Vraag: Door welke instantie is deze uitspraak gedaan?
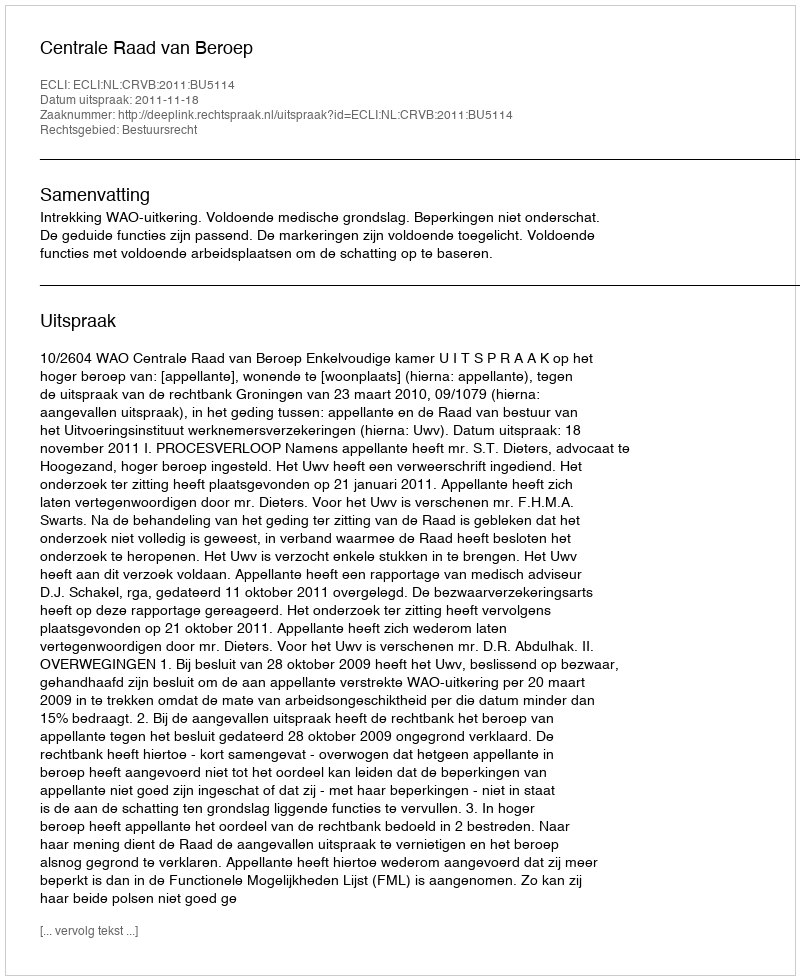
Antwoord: Centrale Raad van Beroep